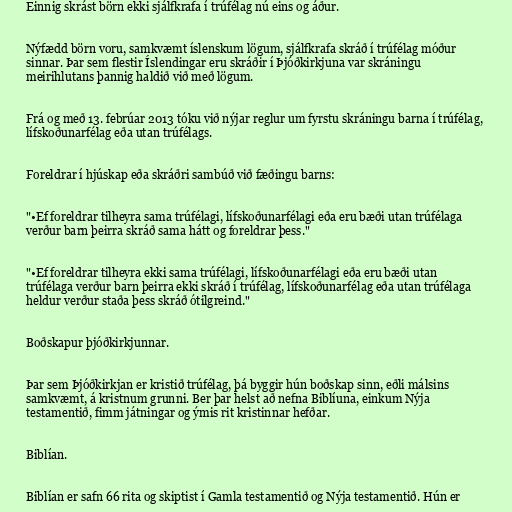
Einnig skrást börn ekki sjálfkrafa í trúfélag nú eins og áður.

Nýfædd börn voru, samkvæmt íslenskum lögum, sjálfkrafa skráð í trúfélag móður
sinnar. Þar sem flestir Íslendingar eru skráðir í Þjóðkirkjuna var skráningu
meirihlutans þannig haldið við með lögum.

Frá og með 13. febrúar 2013 tóku við nýjar reglur um fyrstu skráningu barna í trúfélag,
lífskoðunarfélag eða utan trúfélags.

Foreldrar í hjúskap eða skráðri sambúð við fæðingu barns:

"•Ef foreldrar tilheyra sama trúfélagi, lífskoðunarfélagi eða eru bæði utan trúfélaga
verður barn þeirra skráð sama hátt og foreldrar þess."

"•Ef foreldrar tilheyra ekki sama trúfélagi, lífskoðunarfélagi eða eru bæði utan
trúfélaga verður barn þeirra ekki skráð í trúfélag, lífskoðunarfélag eða utan trúfélaga
heldur verður staða þess skráð ótilgreind."

Boðskapur þjóðkirkjunnar.

Þar sem Þjóðkirkjan er kristið trúfélag, þá byggir hún boðskap sinn, eðli málsins
samkvæmt, á kristnum grunni. Ber þar helst að nefna Biblíuna, einkum Nýja
testamentið, fimm játningar og ýmis rit kristinnar hefðar.

Biblían.

Biblían er safn 66 rita og skiptist í Gamla testamentið og Nýja testamentið. Hún er